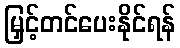
မြှင့်တင်ပေးနိုင်ရန်